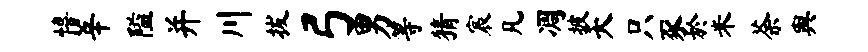
僖莘隘并川拔弓男等猜宸凡凋披夭只豕於米荼舆